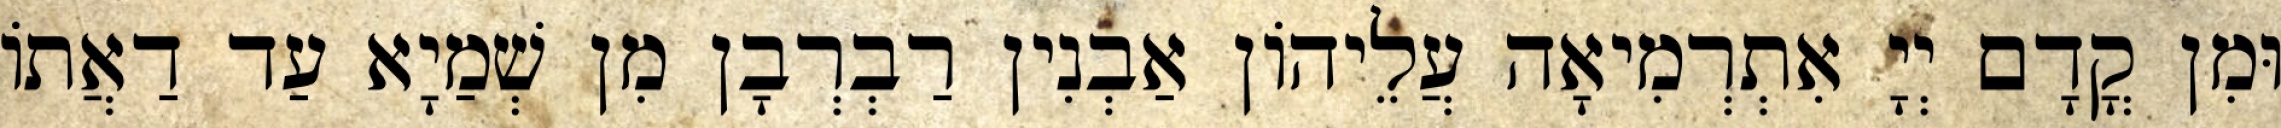
וּמִן קֳדָם יְיָ אִתְרְמִיאָה עֲלֵיהוֹן אַבְנִין רַבְרְבָן מִן שְׁמַיָא עַד דַאֲתוֹ